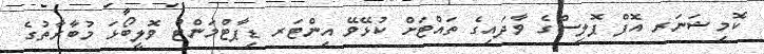
ކޮމިޝަނަރ އޮފް ޕޮލިސްގެ ވާދައިގެ ތައްޓަށް ކުޅޭވޭ އިންޓަރ ޑިޕާޓްމަންޓް ވޮލީބޯޅަ މުބާރާތުގެ